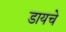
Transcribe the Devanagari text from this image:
डायचे